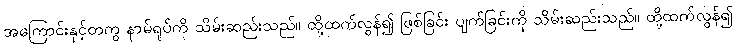
အကြောင်းနှင့်တကွ နာမ်ရုပ်ကို သိမ်းဆည်းသည်။ ထို့ထက်လွန်၍ ဖြစ်ခြင်း ပျက်ခြင်းကို သိမ်းဆည်းသည်။ ထို့ထက်လွန်၍